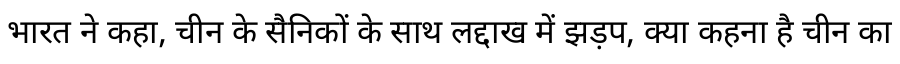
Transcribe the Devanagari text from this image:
भारत ने कहा, चीन के सैनिकों के साथ लद्दाख में झड़प, क्या कहना है चीन का